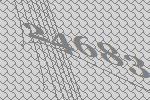
24683